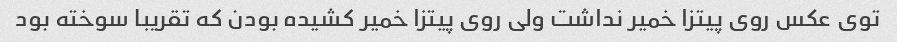
توی عکس روی پیتزا خمیر نداشت ولی روی پیتزا خمیر کشیده بودن که تقریبا سوخته بود